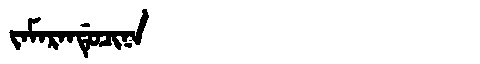
Manchu: ᠵᠠᠮᠠᡵᠠᠨᡩᡠᠴᡳᠨᠠ
Romanization: JAMARANDUCINA